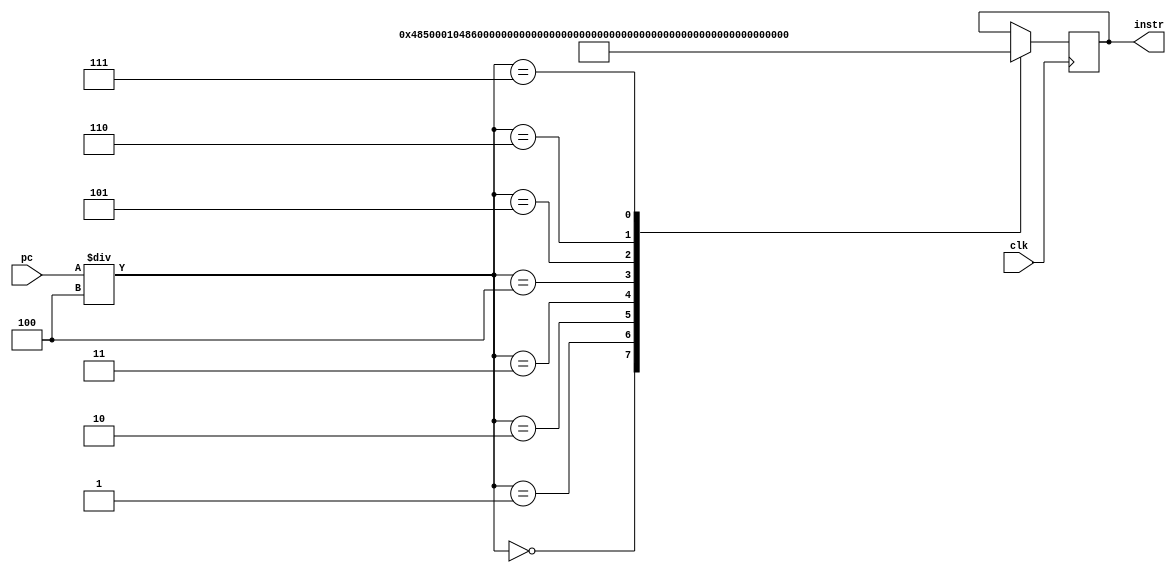
`timescale 1ns / 1ps

module IRAM(clk,pc,instr);
input clk;
input [31:0] pc;
output reg [31:0] instr;

always @(posedge clk) begin
            case (pc/4)
               //0 : inst=32'b000000_00001_00010_00011_00000_000000;
               0 : instr=32'b000001_00100_00101_0000000000000001;  //add1
               1 : instr=32'b000001_00100_00110_0000000000000100;  //add1
               2 : instr=32'b000000_00101_00110_00011_00000_000000; // add(r_type)
               3 : instr=32'b000010_00011_00011_0000000000000010; //  muli
               4 : instr=32'b000100_00011_00011_0000000000000000; //load
               5 : instr=32'b000011_00011_00000_0000000000000000; //store
               6 : instr=32'b000101_00000000000000000000000000;  //jump
               7 : instr=32'b000110_00001_00011_0000000000000101;  //branch
           endcase
end
endmodule